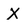
Character: X